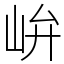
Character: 峅